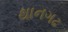
થાનગઢ